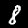
Digit: 8